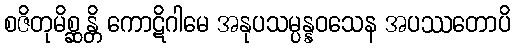
စဇိတုမိစ္ဆန္တိ ကောဋိဂါမေ အနုပသမ္ပန္နဝသေန အပဿတောပိ